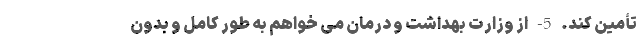
تأمین کند. 5- از وزارت بهداشت و درمان می خواهم به طور کامل و بدون